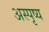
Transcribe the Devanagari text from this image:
अस्पृष्य